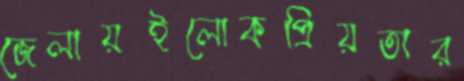
জেলায়ইলোকপ্রিয়তার